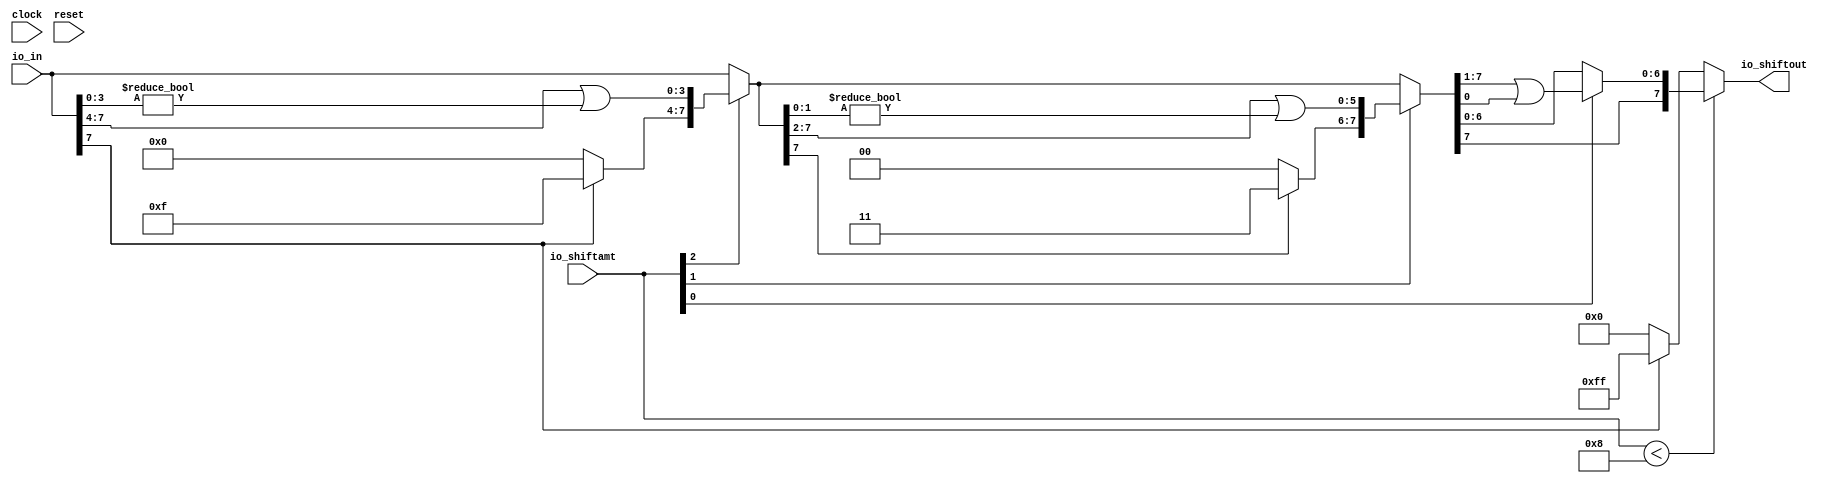
module Shifter8_6(
  input        clock,
  input        reset,
  input  [7:0] io_in,
  input  [5:0] io_shiftamt,
  output [7:0] io_shiftout
);
  wire  _T; // @[Shift.scala 39:24]
  wire [2:0] _T_1; // @[Shift.scala 40:44]
  wire [3:0] _T_2; // @[Shift.scala 90:30]
  wire [3:0] _T_3; // @[Shift.scala 90:48]
  wire  _T_4; // @[Shift.scala 90:57]
  wire [3:0] _GEN_0; // @[Shift.scala 90:39]
  wire [3:0] _T_5; // @[Shift.scala 90:39]
  wire  _T_6; // @[Shift.scala 12:21]
  wire  _T_7; // @[Shift.scala 12:21]
  wire [3:0] _T_9; // @[Bitwise.scala 71:12]
  wire [7:0] _T_10; // @[Cat.scala 29:58]
  wire [7:0] _T_11; // @[Shift.scala 91:22]
  wire [1:0] _T_12; // @[Shift.scala 92:77]
  wire [5:0] _T_13; // @[Shift.scala 90:30]
  wire [1:0] _T_14; // @[Shift.scala 90:48]
  wire  _T_15; // @[Shift.scala 90:57]
  wire [5:0] _GEN_1; // @[Shift.scala 90:39]
  wire [5:0] _T_16; // @[Shift.scala 90:39]
  wire  _T_17; // @[Shift.scala 12:21]
  wire  _T_18; // @[Shift.scala 12:21]
  wire [1:0] _T_20; // @[Bitwise.scala 71:12]
  wire [7:0] _T_21; // @[Cat.scala 29:58]
  wire [7:0] _T_22; // @[Shift.scala 91:22]
  wire  _T_23; // @[Shift.scala 92:77]
  wire [6:0] _T_24; // @[Shift.scala 90:30]
  wire  _T_25; // @[Shift.scala 90:48]
  wire [6:0] _GEN_2; // @[Shift.scala 90:39]
  wire [6:0] _T_27; // @[Shift.scala 90:39]
  wire  _T_29; // @[Shift.scala 12:21]
  wire [7:0] _T_30; // @[Cat.scala 29:58]
  wire [7:0] _T_31; // @[Shift.scala 91:22]
  wire [7:0] _T_34; // @[Bitwise.scala 71:12]
  assign _T = io_shiftamt < 6'h8; // @[Shift.scala 39:24]
  assign _T_1 = io_shiftamt[2:0]; // @[Shift.scala 40:44]
  assign _T_2 = io_in[7:4]; // @[Shift.scala 90:30]
  assign _T_3 = io_in[3:0]; // @[Shift.scala 90:48]
  assign _T_4 = _T_3 != 4'h0; // @[Shift.scala 90:57]
  assign _GEN_0 = {{3'd0}, _T_4}; // @[Shift.scala 90:39]
  assign _T_5 = _T_2 | _GEN_0; // @[Shift.scala 90:39]
  assign _T_6 = _T_1[2]; // @[Shift.scala 12:21]
  assign _T_7 = io_in[7]; // @[Shift.scala 12:21]
  assign _T_9 = _T_7 ? 4'hf : 4'h0; // @[Bitwise.scala 71:12]
  assign _T_10 = {_T_9,_T_5}; // @[Cat.scala 29:58]
  assign _T_11 = _T_6 ? _T_10 : io_in; // @[Shift.scala 91:22]
  assign _T_12 = _T_1[1:0]; // @[Shift.scala 92:77]
  assign _T_13 = _T_11[7:2]; // @[Shift.scala 90:30]
  assign _T_14 = _T_11[1:0]; // @[Shift.scala 90:48]
  assign _T_15 = _T_14 != 2'h0; // @[Shift.scala 90:57]
  assign _GEN_1 = {{5'd0}, _T_15}; // @[Shift.scala 90:39]
  assign _T_16 = _T_13 | _GEN_1; // @[Shift.scala 90:39]
  assign _T_17 = _T_12[1]; // @[Shift.scala 12:21]
  assign _T_18 = _T_11[7]; // @[Shift.scala 12:21]
  assign _T_20 = _T_18 ? 2'h3 : 2'h0; // @[Bitwise.scala 71:12]
  assign _T_21 = {_T_20,_T_16}; // @[Cat.scala 29:58]
  assign _T_22 = _T_17 ? _T_21 : _T_11; // @[Shift.scala 91:22]
  assign _T_23 = _T_12[0:0]; // @[Shift.scala 92:77]
  assign _T_24 = _T_22[7:1]; // @[Shift.scala 90:30]
  assign _T_25 = _T_22[0:0]; // @[Shift.scala 90:48]
  assign _GEN_2 = {{6'd0}, _T_25}; // @[Shift.scala 90:39]
  assign _T_27 = _T_24 | _GEN_2; // @[Shift.scala 90:39]
  assign _T_29 = _T_22[7]; // @[Shift.scala 12:21]
  assign _T_30 = {_T_29,_T_27}; // @[Cat.scala 29:58]
  assign _T_31 = _T_23 ? _T_30 : _T_22; // @[Shift.scala 91:22]
  assign _T_34 = _T_7 ? 8'hff : 8'h0; // @[Bitwise.scala 71:12]
  assign io_shiftout = _T ? _T_31 : _T_34; // @[Shif.scala 16:15]
endmodule